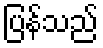
ပြန်သည်